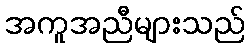
အကူအညီများသည်